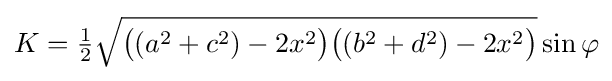
K={\tfrac {1}{2}}{\sqrt {{\bigl (}(a^{2}+c^{2})-2x^{2}{\bigr )}{\bigl (}(b^{2}+d^{2})-2x^{2}{\bigr )}}}\sin {\varphi }